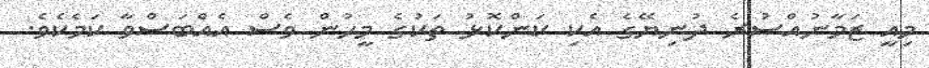
މިއީ ޒަމާނުއްސުރެ ދުނިޔޭގެ އެކި ކަންކޮޅު ތަކުގެ މީހުން ވެސް އެއްބަސްވާ ކަމެކެވެ.